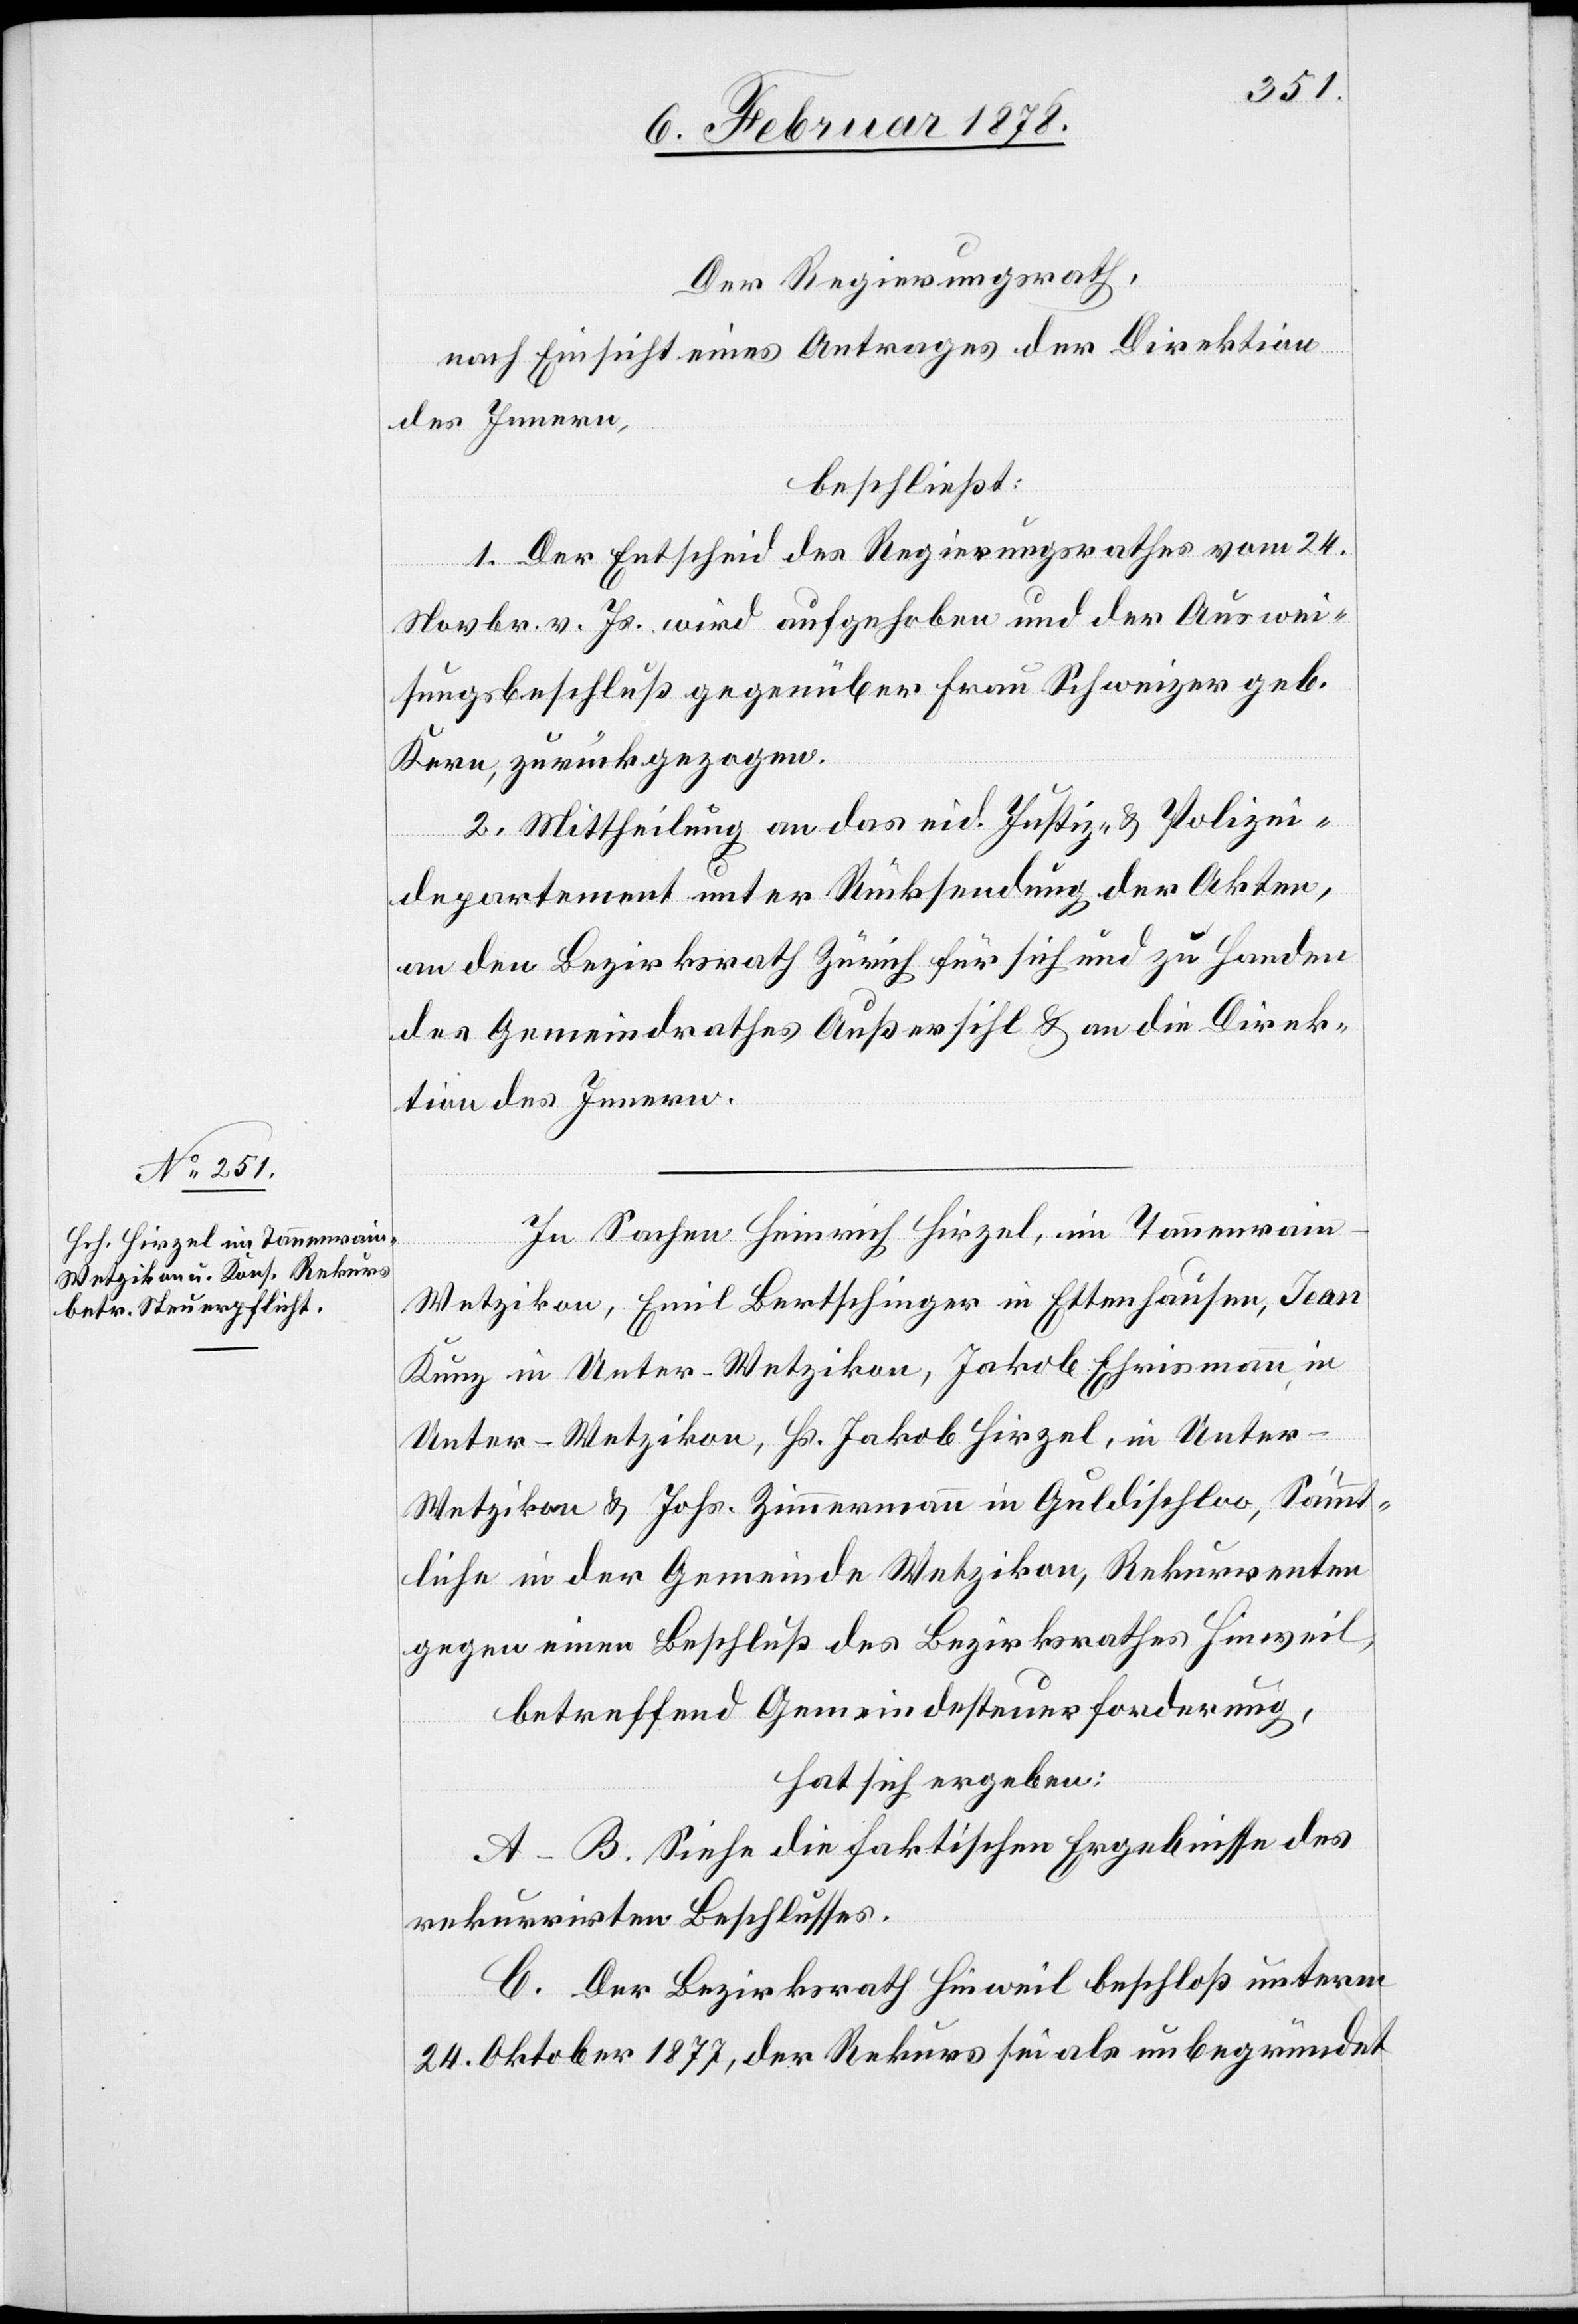
Der Regierungsrath,
nach Einsicht eines Antrages der Direktion
des Innern,
beschließt:
1. Der Entscheid des Regierungsrathes vom 24.
Novbr. v. Js. wird aufgehoben und der Auswei¬
sungsbeschluß gegenüber Frau Schweizer geb.
Kern zurückgezogen.
2. Mittheilung an das eid. Justiz- & Polizei¬
departement unter Rücksendung der Akten,
an den Bezirksrath Zürich für sich und zu Handen
des Gemeindrathes Außersihl & an die Direk¬
tion des Innern.
In Sachen Heinrich Hirzel, im Tannenrain
Wetzikon, Emil Bertschinger in Ettenhausen, Jean
Kunz in Unter-Wetzikon, Jakob Ehrismann in
Unter-Wetzikon, Hs. Jakob Hirzel, in Unte¬
r-Wetzikon & Johs. Zimmermann in Guldischloo, Sämmt¬
liche in der Gemeinde Wetzikon, Rekurrenten
gegen einen Beschluß des Bezirksrathes Hinweil,
betreffend Gemeindesteuerforderung,
hat sich ergeben:
A–B. Siehe die faktischen Ergebnise des
rekurrirten Beschlusses.
C. Der Bezirksrath Hinweil beschloß unterm
24. Oktober 1877, der Rekurs sei als unbegründet